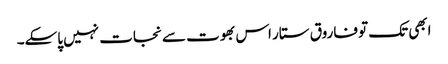
ابھی تک تو فاروق ستار اس بھوت سے نجات نہیں پاسکے۔